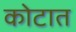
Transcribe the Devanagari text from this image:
कोटात